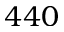
4 4 0